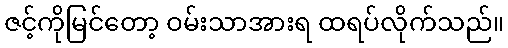
ဇင့်ကိုမြင်တော့ ဝမ်းသာအားရ ထရပ်လိုက်သည်။